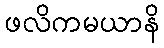
ဖလိကမယာနိ